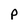
Character: P